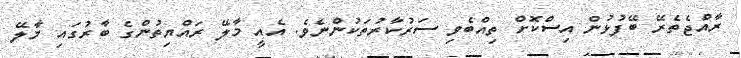
ރާއްޖެތެރޭ ބޭފުޅުން އިސްކޮށް ތިއްބެވި ސަރުކާރުތަކުންނެވެ. އެއީ މާލޭ ރައްޔިތުންގެ ބާރުގައި މާލޭ